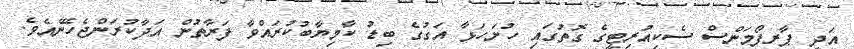
އަދި ޕާރފޯމަންސް ސެކިއުރިޓީގެ ގޮތުގައި ހުށަހަޅާ އަގުގެ ބިޑު ކާމިޔާބުކުރައްވާ ފަރާތުން އަދާކުރަންޖެހޭނެއެވެ.